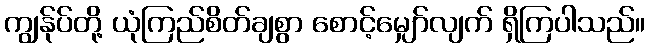
ကျွန်ုပ်တို့ ယုံကြည်စိတ်ချစွာ စောင့်မျှော်လျက် ရှိကြပါသည်။